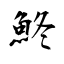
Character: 鮗